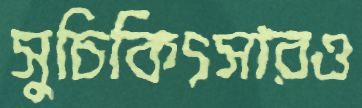
সুচিকিৎসারও